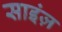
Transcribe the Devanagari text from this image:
साइंज़